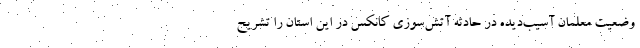
وضعیت معلمانِ آسیب‌دیده در حادثه‌ آتش‌سوزی کانکس در این استان را تشریح